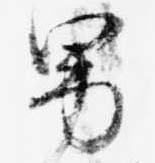
男